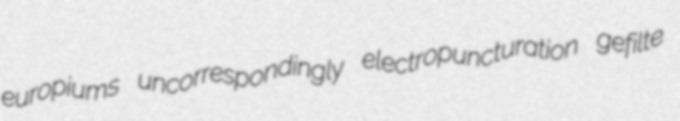
europiums uncorrespondingly electropuncturation gefilte